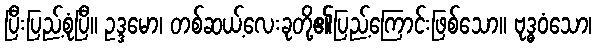
ပြီးပြည့်စုံပြီ။ ဥဒ္ဒမော၊ တစ်ဆယ့်လေးခုတို့၏ပြည့်ကြောင်းဖြစ်သော။ ဗုဒ္ဓဝံသော၊